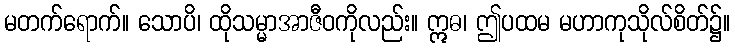
မတက်ရောက်။ သောပိ၊ ထိုသမ္မာအာဇီဝကိုလည်း။ ဣဓ၊ ဤပထမ မဟာကုသိုလ်စိတ်၌။